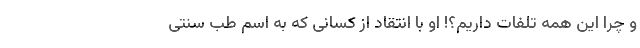
و چرا این همه تلفات داریم؟! او با انتقاد از کسانی که به اسم طب سنتی